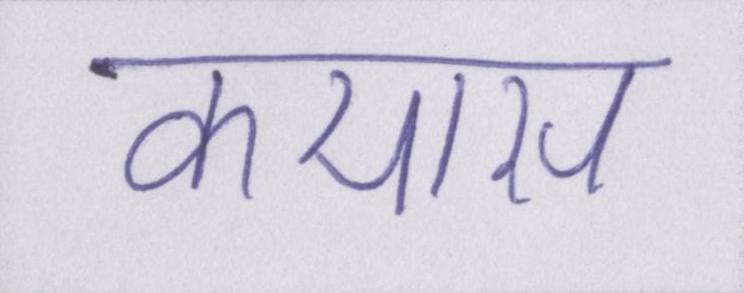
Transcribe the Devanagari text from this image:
कयास